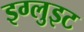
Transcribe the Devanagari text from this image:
इग्लुइट